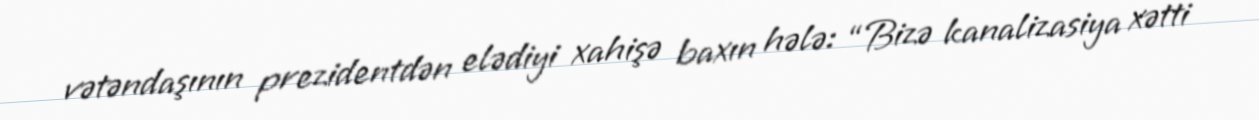
vətəndaşının prezidentdən elədiyi xahişə baxın hələ: “Bizə kanalizasiya xətti